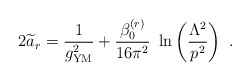
\begin{align*}2{\widetilde a}_r={1\over g^2_{\rm {\small YM}}}+ {\beta^{(r)}_0\over 16\pi^2}~\ln\left( {\Lambda^2\over p^2}\right)~.\end{align*}